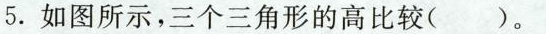
5.如图所示，三个三角形的高比较( )。